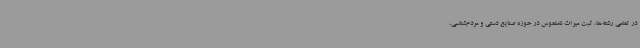
در تمامی رشته‌ها، ثبت میراث ناملموس در حوزه صنایع دستی و مردم‌شناسی،